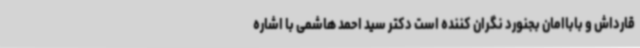
قارداش و باباامان بجنورد نگران کننده است دکتر سید احمد هاشمی با اشاره